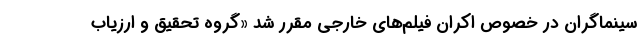
سینماگران در خصوص اکران فیلم‌های خارجی مقرر شد «گروه تحقیق و ارزیاب